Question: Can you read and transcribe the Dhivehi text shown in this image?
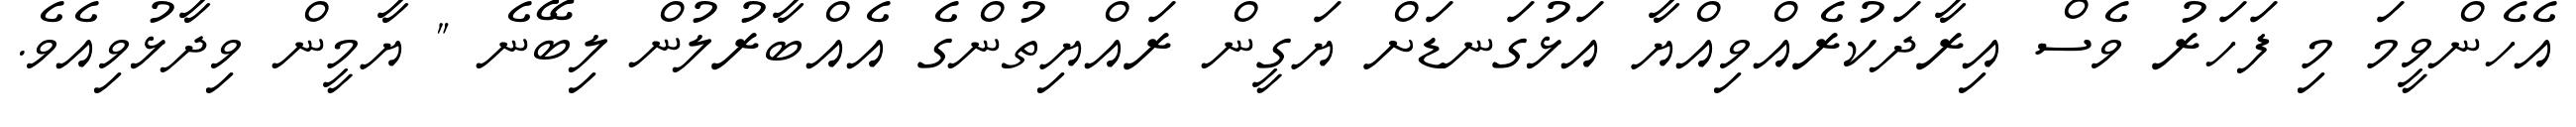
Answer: އެހެންވީމަ މި ފަހަރު ވެސް އިރާދަކުރެއްވިއްޔާ އަޅުގަނޑަށް ޔަގީން ރައްޔިތުންގެ އެއްބާރުލުން ލިބޭނެ " ޔާމީން ވިދާޅުވިއެވެ.